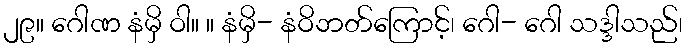
၂၉။ ဂေါဏ နံမှိ ဝါ။ ။ နံမှိ- နံဝိဘတ်ကြောင့်၊ ဂေါ- ဂေါ သဒ္ဒါသည်၊